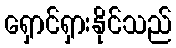
ရှောင်ရှားနိုင်သည်